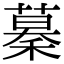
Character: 𥡡